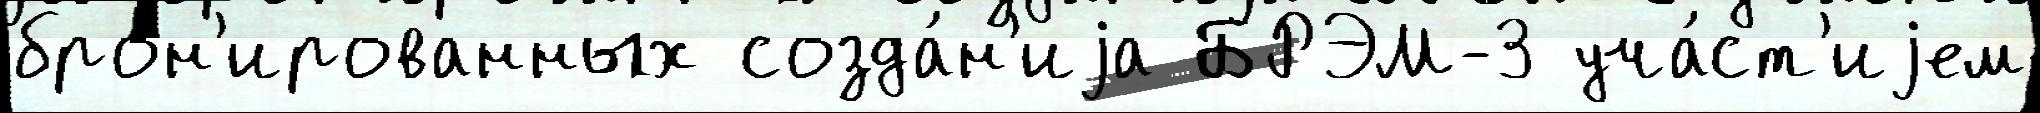
брон'ированных созда́н'иjа БРЭМ-3 уча́ст'иjем